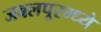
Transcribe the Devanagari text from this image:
जबलपूरम्ध्ये